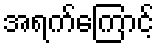
အရက်ကြောင့်